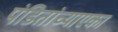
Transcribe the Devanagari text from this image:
पंडितांच्याएका